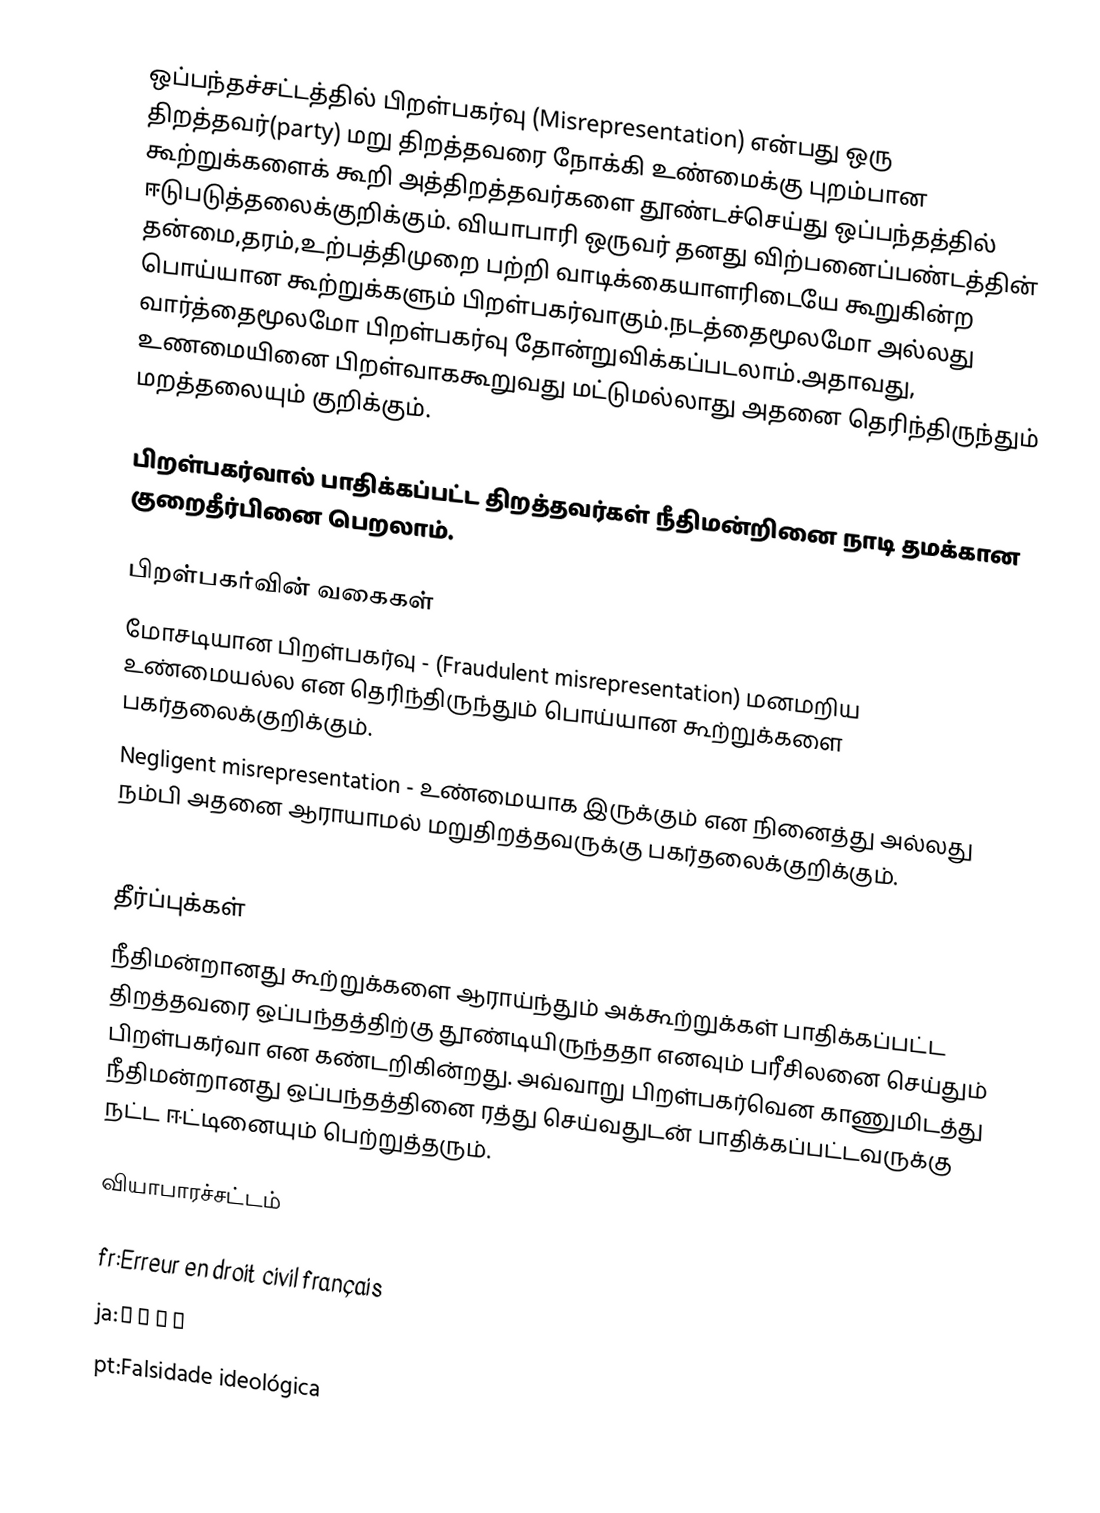
ஒப்பந்தச்சட்டத்தில் பிறள்பகர்வு (Misrepresentation) என்பது ஒரு திறத்தவர்(party) மறு திறத்தவரை நோக்கி உண்மைக்கு புறம்பான கூற்றுக்களைக் கூறி அத்திறத்தவர்களை தூண்டச்செய்து ஒப்பந்தத்தில் ஈடுபடுத்தலைக்குறிக்கும். வியாபாரி ஒருவர் தனது விற்பனைப்பண்டத்தின் தன்மை,தரம்,உற்பத்திமுறை பற்றி வாடிக்கையாளரிடையே கூறுகின்ற பொய்யான கூற்றுக்களும் பிறள்பகர்வாகும்.நடத்தைமூலமோ அல்லது வார்த்தைமூலமோ பிறள்பகர்வு தோன்றுவிக்கப்படலாம்.அதாவது, உணமையினை பிறள்வாககூறுவது மட்டுமல்லாது அதனை தெரிந்திருந்தும் மறத்தலையும் குறிக்கும்.

பிறள்பகர்வால் பாதிக்கப்பட்ட திறத்தவர்கள் நீதிமன்றினை நாடி தமக்கான குறைதீர்பினை பெறலாம்.

பிறள்பகர்வின் வகைகள்
 மோசடியான பிறள்பகர்வு - (Fraudulent misrepresentation) மனமறிய உண்மையல்ல என தெரிந்திருந்தும் பொய்யான கூற்றுக்களை பகர்தலைக்குறிக்கும்.
 Negligent misrepresentation - உண்மையாக இருக்கும் என நினைத்து அல்லது நம்பி அதனை ஆராயாமல் மறுதிறத்தவருக்கு பகர்தலைக்குறிக்கும்.
 Innocent misrepresentation

தீர்ப்புக்கள்
நீதிமன்றானது கூற்றுக்களை ஆராய்ந்தும் அக்கூற்றுக்கள் பாதிக்கப்பட்ட திறத்தவரை ஒப்பந்தத்திற்கு தூண்டியிருந்ததா எனவும் பரீசிலனை செய்தும் பிறள்பகர்வா என கண்டறிகின்றது. அவ்வாறு பிறள்பகர்வென காணுமிடத்து நீதிமன்றானது ஒப்பந்தத்தினை ரத்து செய்வதுடன் பாதிக்கப்பட்டவருக்கு நட்ட ஈட்டினையும் பெற்றுத்தரும்.

வியாபாரச்சட்டம்

fr:Erreur en droit civil français
ja:不当表示
pt:Falsidade ideológica